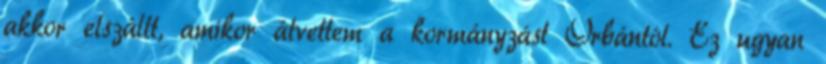
akkor elszállt, amikor átvettem a kormányzást Orbántól. Ez ugyan